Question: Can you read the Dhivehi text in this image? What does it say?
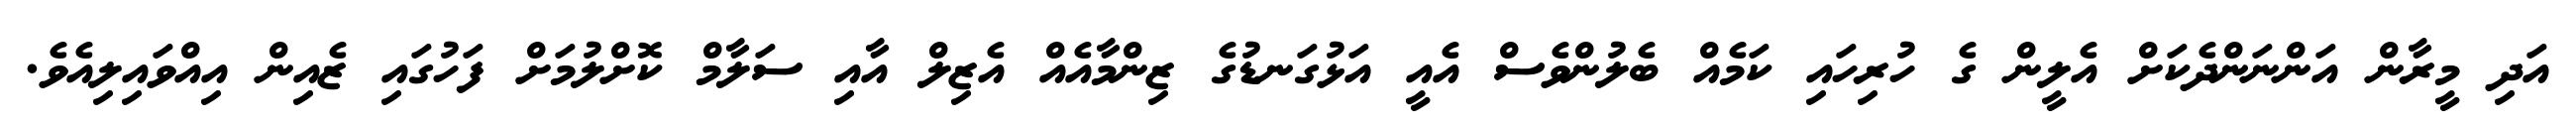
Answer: އަދި މީރާން އަންނަންދެކަށް އެލީން ގެ ހުރިހައި ކަމެއް ބެލުންވެސް އެއީ އަޅުގަނޑުގެ ޒިންމާއެއް އެޒިލް އާއި ސަލާމް ކޮށްލުމަށް ފަހުގައި ޒެއިން އިއްވައިލިއެވެ.